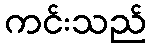
ကင်းသည်